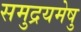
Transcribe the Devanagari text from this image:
समुद्रयमेषु